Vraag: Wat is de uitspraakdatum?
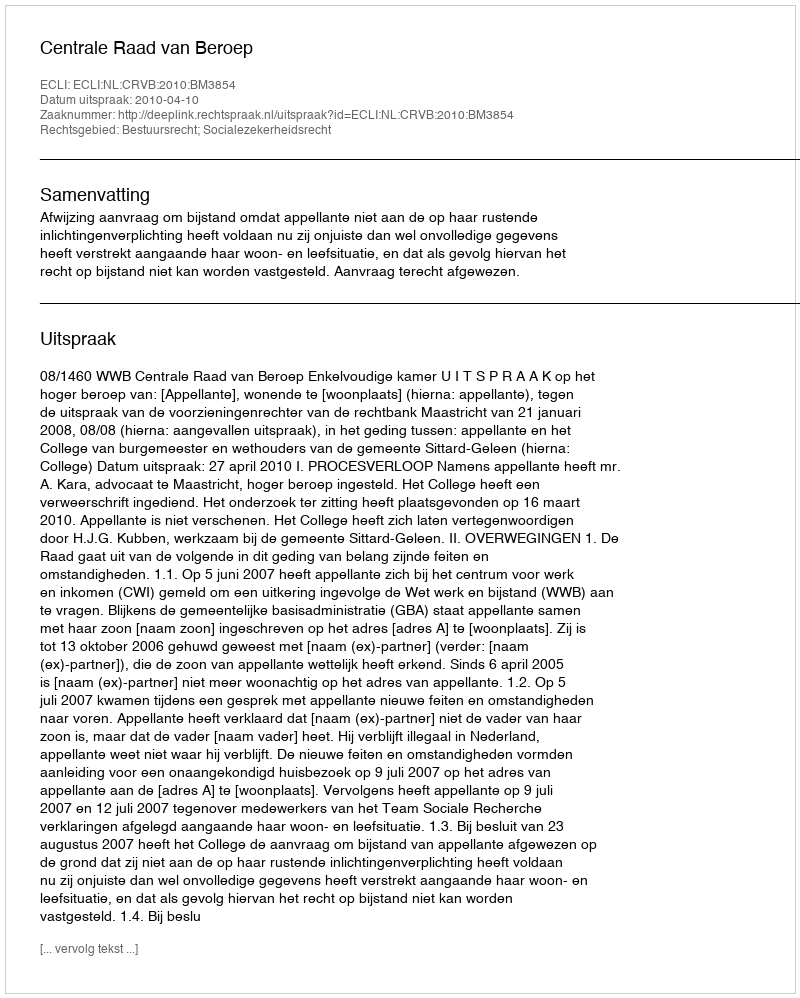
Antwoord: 2010-04-10